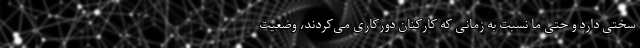
سختی دارد و حتی ما نسبت به زمانی که کارکنان دورکاری می‌کردند، وضعیت